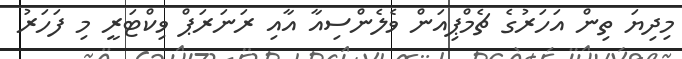
މިދިޔަ ތިން އަހަރުގެ ޗެމްޕިއަން ވެލެންސިއާ އާއި ރަނަރަޕް ވިކްޓަރީ މި ފަހަރު